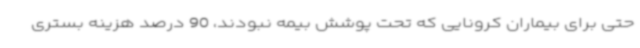
حتی برای بیماران کرونایی که تحت پوشش بیمه نبودند، 90 درصد هزینه بستری